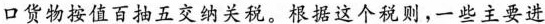
口货物按值百抽五交纳关税。根据这个税则，一些主要进